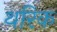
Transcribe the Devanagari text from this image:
थरिक